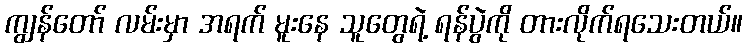
ကျွန်တော် လမ်းမှာ အရက် မူးနေ သူတွေရဲ့ ရန်ပွဲကို တားလိုက်ရသေးတယ်။